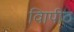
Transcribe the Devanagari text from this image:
विापीठ